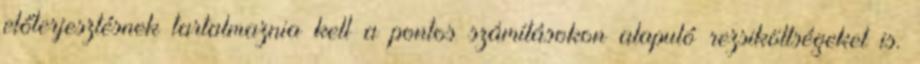
előterjesztésnek tartalmaznia kell a pontos számításokon alapuló rezsiköltségeket is.